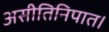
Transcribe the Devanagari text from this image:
असीतिनिपात।